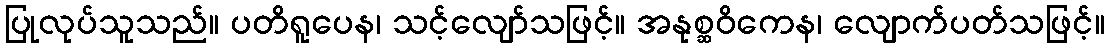
ပြုလုပ်သူသည်။ ပတိရူပေန၊ သင့်လျော်သဖြင့်။ အနုစ္ဆဝိကေန၊ လျောက်ပတ်သဖြင့်။